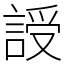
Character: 䛵